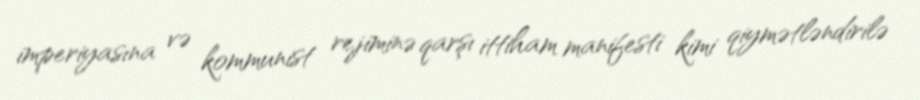
imperiyasına və kommunist rejiminə qarşı ittiham manifesti kimi qiymətləndirilə